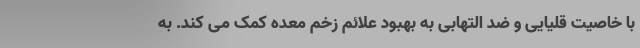
با خاصیت قلیایی و ضد التهابی به بهبود علائم زخم معده کمک می کند. به